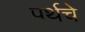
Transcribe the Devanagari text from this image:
पर्थचे